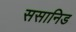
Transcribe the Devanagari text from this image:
ससानिड